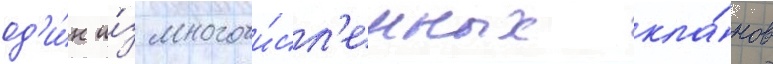
од'и́н и́з многочи́сл'енных кла́нов